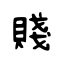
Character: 賤